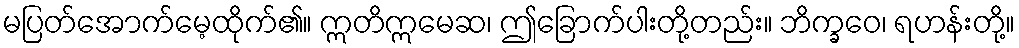
မပြတ်အောက်မေ့ထိုက်၏။ ဣတိဣမေဆ၊ ဤခြောက်ပါးတို့တည်း။ ဘိက္ခဝေ၊ ရဟန်းတို့။